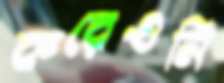
করেওনি